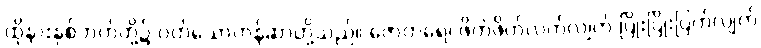
ထိုနားနှစ်ဘက်တို့၌ ဝတ်သောတန်ဆာတို့သည်။ ဇောတရေ၊ ဖိတ်ဖိတ်လက်လျက် ပြိုးပြိုးပြက်လျက်